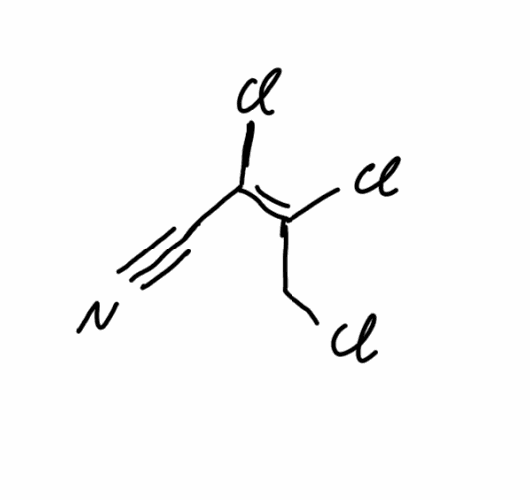
Simplified molecular-input line-entry system (SMILES) notation of the given molecule:
C(/C(=C(\C#N)/Cl)/Cl)Cl